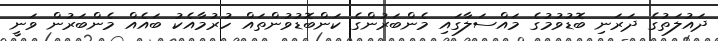
ދައުލަތުގެ ދަރަނި ބޮޑުވުމުގެ މައްސަލާގައި މެންބަރުންގެ ކަންބޮޑުވުންތައް ހުރުމާއެކު ބައެއް މެންބަރުން ވަނީ